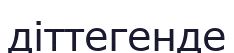
діттегенде